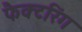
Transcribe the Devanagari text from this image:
फैक्टरिंग